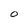
Character: O